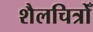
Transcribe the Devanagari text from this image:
शैलचित्रोँ